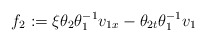
\begin{align*}f_{2}:=\xi\theta_{2}\theta_{1}^{-1}v_{1x}-\theta_{2t}\theta_{1}^{-1}v_{1}\end{align*}